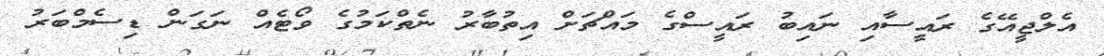
އެލްޖީއޭގެ ރައީސާއި ނައިބު ރައީސްގެ މައްޗަށް އިތުބާރު ނެތްކަމުގެ ވޯޓެއް ނަގަން ޑިސެމްބަރު